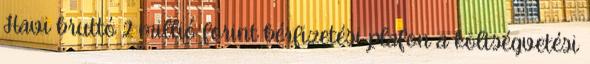
Havi bruttó 2 millió forint bérfizetési plafon a költségvetési